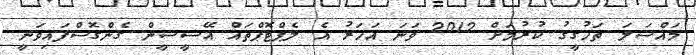
މައްސަލަ ތަހުގީގު ކުރުމަށް 2012 ވަނަ އަހަރު އެ ލެޕްޓޮޕްތައް އޭސީސީން ގެންގޮސްފައިވަނީ